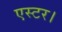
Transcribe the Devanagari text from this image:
एस्टर।